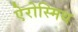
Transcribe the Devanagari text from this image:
ऐरोस्मिथ